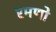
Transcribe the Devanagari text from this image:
रमणो